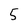
Character: 5